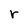
Character: r